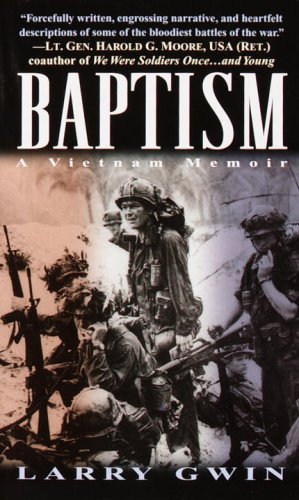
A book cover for Baptism: A Vietnam Memoir; Larry Gwin; History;